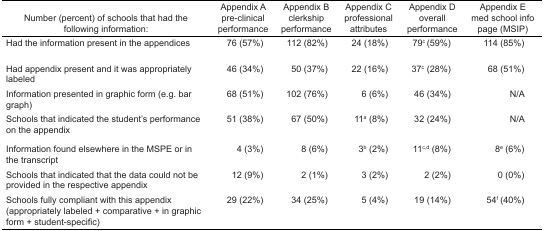
| Number (percent) of schools that had the following information: | Appendix A pre-clinical performance | Appendix B clerkship performance | Appendix C professional attributes | Appendix D overall performance | Appendix E med school info page (MSIP) |
 | --- | --- | --- | --- | --- | --- |
 | Had the information present in the appendices | 76 (57%) | 112 (82%) | 24 (18%) | 79c (59%) | 114 (85%) |
 | Had appendix present and it was appropriately labeled | 46 (34%) | 50 (37%) | 22 (16%) | 37c (28%) | 68 (51%) |
 | Information presented in graphic form (e.g. bar graph) | 68 (51%) | 102 (76%) | 6 (6%) | 46 (34%) | N/A |
 | Schools that indicated the student’s performance on the appendix | 51 (38%) | 67 (50%) | 11a (8%) | 32 (24%) | N/A |
 | Information found elsewhere in the MSPE or in the transcript | 4 (3%) | 8 (6%) | 3b (2%) | 11c,d (8%) | 8e (6%) |
 | Schools that indicated that the data could not be provided in the respective appendix | 12 (9%) | 2 (1%) | 3 (2%) | 2 (2%) | 0 (0%) |
 | Schools fully compliant with this appendix (appropriately labeled + comparative + in graphic form + student-specific) | 29 (22%) | 34 (25%) | 5 (4%) | 19 (14%) | 54f (40%) |